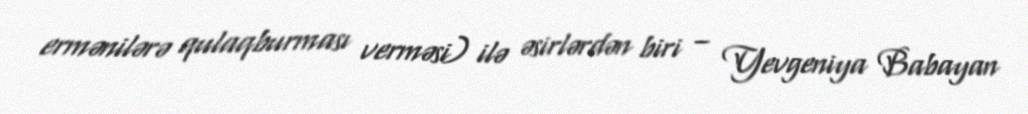
ermənilərə qulaqburması verməsi) ilə əsirlərdən biri – Yevgeniya Babayan